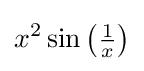
x^{2}\sin \left({\tfrac {1}{x}}\right)